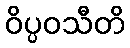
ဝိပ္ပဝသီတိ